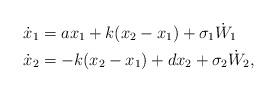
LaTeX: \begin{align*} \dot{x}_1&=a x_1+k (x_2-x_1)+\sigma_1 \dot{W}_1\\ \dot{x}_2&=-k (x_2-x_1)+d x_2+\sigma_2 \dot{W}_2,\end{align*}